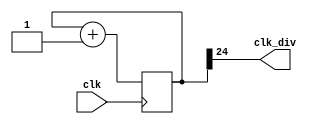
module clock_divider (clk, clk_div);

  parameter n = 25;
  input clk;
  output clk_div;

  reg [n-1:0] num;
  wire [n-1:0] nxt_num;

  assign nxt_num = num + 1;
  assign clk_div = num[n-1];

  always @ (posedge clk) begin
    num = nxt_num;
  end

endmodule

module debounce (pb_debounced, pb, clk);

  input pb, clk;
  output pb_debounced;

  reg [3:0] shift_reg;

  always @(posedge clk) begin
    shift_reg[3:1] <= shift_reg[2:0];
    shift_reg[0]  <= pb;
  end

  assign pb_debounced = ((shift_reg == 4'b1111) ? 1'b1 : 1'b0);

endmodule

module onepulse (
  input wire rst, clk, pb_debounced,
  output reg pb_1pulse
);

  reg pb_1pulse_nxt, pb_debounced_delay;

  always @(*) begin
    pb_1pulse_nxt = pb_debounced & ~pb_debounced_delay;
  end

  always @(posedge clk, posedge rst) begin
    if (rst) begin
      pb_1pulse <= 1'b0;
      pb_debounced_delay <= 1'b0;
    end else begin
      pb_1pulse <= pb_1pulse_nxt;
      pb_debounced_delay <= pb_debounced;
    end
  end
endmodule